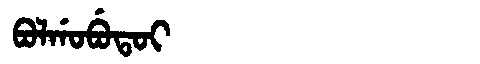
Manchu: ᠪᠣᠯᡤᠣᠪᡠᡨᠣᡳ
Romanization: BOLGOBUTOI